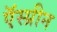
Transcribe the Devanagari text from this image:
ऍस्प्रीन